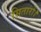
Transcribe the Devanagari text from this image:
सितारों।